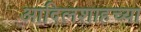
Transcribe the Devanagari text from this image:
आदिलशाहच्या